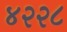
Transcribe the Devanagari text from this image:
४२२८